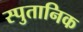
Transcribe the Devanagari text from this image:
स्पुतानिक